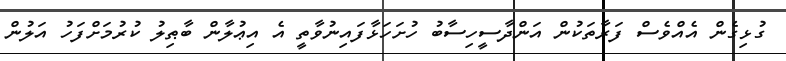
ގުޅިގެން އެއްވެސް ފަރާތަކުން އަންދާސީހިސާބު ހުށަހަޅާފައިނުވާތީ އެ އިޢުލާން ބާޠިލު ކުރުމަށްފަހު އަލުން